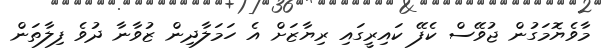
މާވެޔޮމަގުން ޖުވޭސް ކެފޭ ކައިރީގައި ރިޔާޒަށް އެ ހަމަލާދިން ޒުވާނާ ދުވެ ފިލާތަން